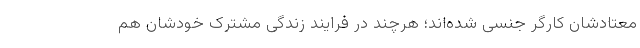
معتادشان کارگر جنسی شده‌اند؛ هرچند در فرایند زندگی مشترک خودشان هم